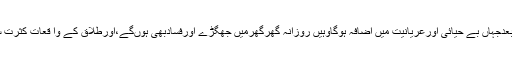
کیوں کہ اس کے بعدجہاں بے حیائی اورعریانیت میں اضافہ ہوگاوہیں روزانہ گھرگھرمیں جھگڑے اورفسادبھی ہوںگے،اورطلاق کے وا قعات کثرت سے واقع ہوں گے۔